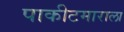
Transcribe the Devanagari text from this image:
पाकीटमाराला